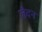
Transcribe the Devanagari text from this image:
लैदन